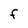
Character: F